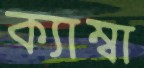
ক্যাম্বা